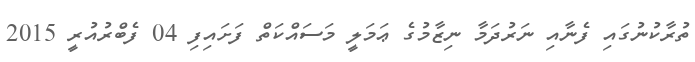
ތުރާކުނުގައި ފެނާއި ނަރުދަމާ ނިޒާމުގެ ޢަމަލީ މަސައްކަތް ފަށައިފި 04 ފެބްރުއުރީ 2015